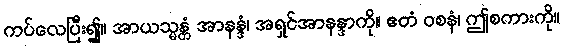
ကပ်လေပြီး၍။ အာယသ္မန္တံ အာနန္ဒံ၊ အရှင်အာနန္ဒာကို။ ဧတံ ဝစနံ၊ ဤစကားကို။